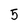
Character: 5